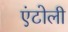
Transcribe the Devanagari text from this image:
एंटोली